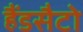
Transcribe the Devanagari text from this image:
हैंडसैटो